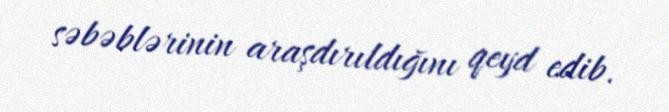
səbəblərinin araşdırıldığını qeyd edib.